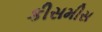
કીસમીસ